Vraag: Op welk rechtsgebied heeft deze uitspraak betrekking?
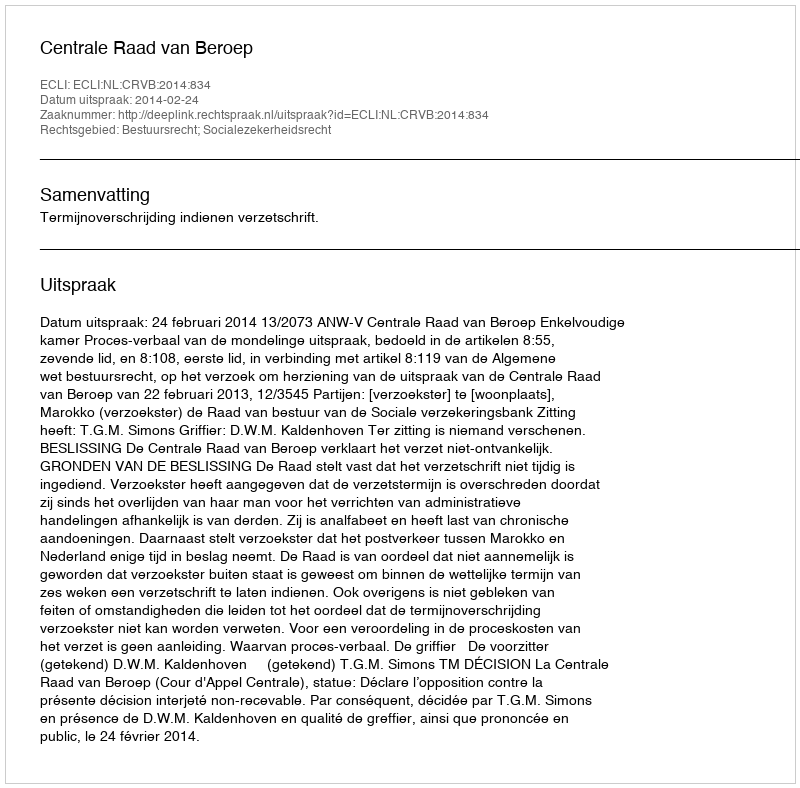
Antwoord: Bestuursrecht; Socialezekerheidsrecht